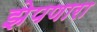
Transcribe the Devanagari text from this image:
झेपणारा